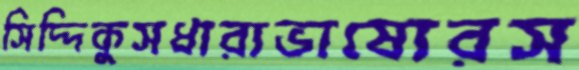
সিদ্দিকুসধারাভাষ্যেরস